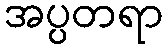
အပ္ပတရာ